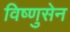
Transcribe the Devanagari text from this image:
विष्णुसेन